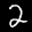
Label: 2